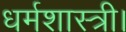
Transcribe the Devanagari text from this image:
धर्मशास्त्री।